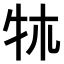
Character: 𤘱